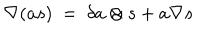
\nabla ( a s ) \ = \ \delta a \otimes s + a \nabla s